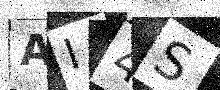
Text: AI4S